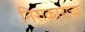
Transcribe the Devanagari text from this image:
निराकाराचा